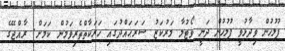
ފުލުހުން ވިދާޅުވީ ފުލުހުން ދަނީ ވޯޓުލާ މަރުކަޒު ސަރަޙައްދުގައި ހަރަކާތްތެރިވަމުން ކަމަށް. ރާއްޖޭގެ